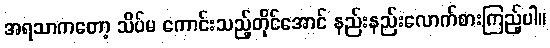
အရသာကတော့ သိပ်မ ကောင်းသည့်တိုင်အောင် နည်းနည်းလောက်စားကြည့်ပါ။